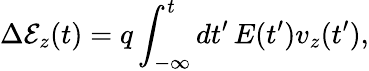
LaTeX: \Delta\mathcal{E}_{z}(t)=q\int_{-\infty}^{t}dt^{\prime}\, E(t^{\prime})v_{z}(t^{\prime}),